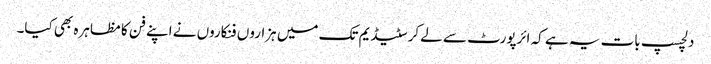
دلچسپ بات یہ ہے کہ ائرپورٹ سے لے کر سٹیڈیم تک میں ہزاروں فنکاروں نے اپنے فن کا مظاہرہ بھی کیا۔